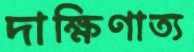
দাক্ষিণাত্য